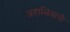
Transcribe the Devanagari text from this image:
अहाळिवाची